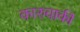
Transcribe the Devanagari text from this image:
कारुवाकी